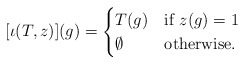
\begin{align*} [\iota(T,z)](g) = \begin{cases} T(g)&\mbox{if }z(g)=1\\ \emptyset&\mbox{otherwise}. \end{cases} \end{align*}